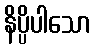
နိပ္ပိပါသော